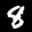
Digit: 8